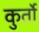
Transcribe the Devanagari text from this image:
कुर्तो